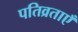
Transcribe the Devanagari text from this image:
पतिव्रताएँ